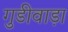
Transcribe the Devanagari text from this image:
गुडीवाड़ा